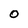
Character: O